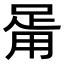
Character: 𤰉